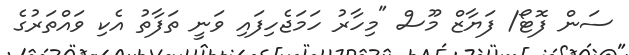
ސަން ފޮޓޯ/ ފަޔާޒް މޫސް "މިހާރު ހަމަޖެހިފައި ވަނީ ތަފާތު އެކި ވައްތަރުގެ